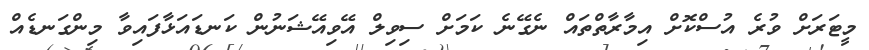
މީޓަރަށް ވުރެ އުސްކޮށް އިމާރާތްތައް ނެގޭނެ ކަމަށް ސިވިލް އޭވިއޭޝަނުން ކަނޑައަޅާފައިވާ މިންގަނޑެއް